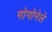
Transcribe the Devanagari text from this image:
गोगोनेले